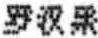
***